Leaving Certificate, 1888
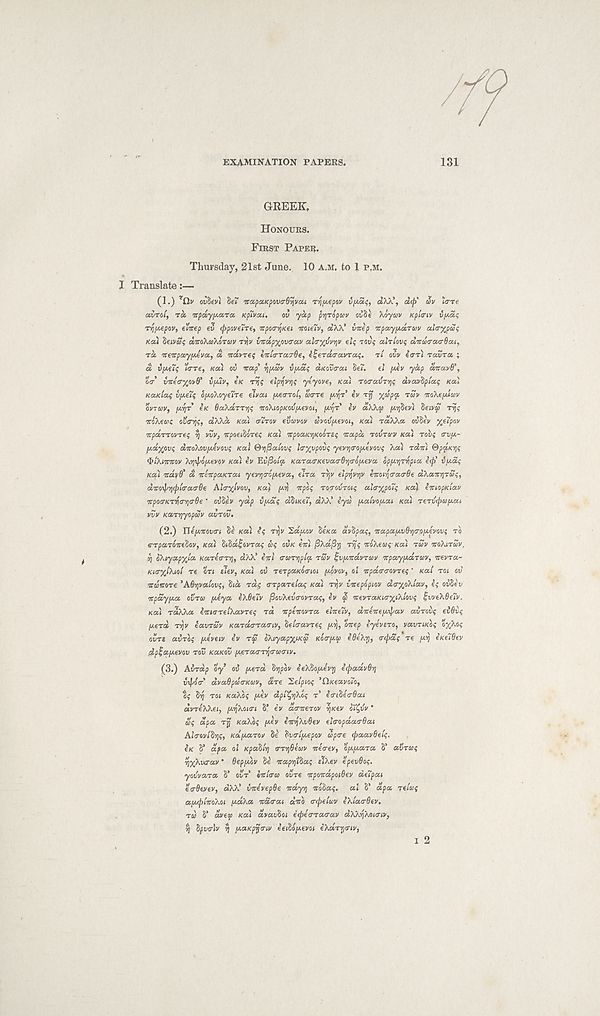
EXAMINATION PAPERS.
131
GREEK,
HONOURS.
FIRST PAPER.
Thursday, 21st June. 10 A.M. to 1 P,M.
I Translate:—
(1.) ’fly ouSevt S6~ napuKpovtrdyvai Tq^epov vficit;, dW', d<f av iWe
avrot, TOS icpa.yy.a.ra KpTvoti.
ov yap prjropuv oJSe \oyuv Kpitriv vpat;
r-quepov, elnep ev (ppoveTre, npoa-yicei mieTv, usAX’ vvep Ttpay/A.dTuv ata-^paq
Kai tiivaq dicoKtakoruv ryv map^ovtrav aWyjurqv e»$ TOU; alriovt; dwdiratrOai,
rd ireirpay/Aeva, d Trdi/req licl<rTa.7de, i^erda-avrai;. ri ovv e<rrt TOUT a ;
d vpi-uq icrre, /cal ov leap' Yj/Aav vpaf dnav<7»i §ei. ei piev yap avavO’,
or VTCecrxovO' vfuv, e/c vys flp-qvqi; ytyove, Ka) roa-avrqi; dvavipla; Ka)
KaKlas v/Ae7f o/AoXoyeire elvat jaearo/, u<rTe y.ri'T ev TJJ %upqt. TUV TroXepuav
OVTOV, y.’qT e/c SaXarrij? mXiopKovfAevoi, y.yT' lv a A?, a p/)8evi 8etva5'
mXeuK ovrijf, aXXa /cal alrov evavov uvov/Aevoi, Ka) raXXa oi/8ev %e7pov
vparTovres 'q vvv, irpoatioret; Ka) Trpoa/oj/coore? wapd TOVTO'V Ka) robf trv[i-
[Aaxovf dTCoXovpevovs /ca/ ®i\@alovs la-yjvpovq yevijo-o/^evovs Xal rdirl ®p^.K’qq
<btkmmv A‘qipo[y.€vov Ka) ev Ev^o/cc /caraa/cevao-^o-ojaeva opjJ.YjTfipia i<p’ vfAaq
tea) irdyB'd tcettpaKrai yev^aojaeva, elra Tvjv elpyvqv ktcoffitratj-de dXatrqTSq,
aTto-p-qcptcraarBe Ai<r%ivov, Ka) /J.rj trpoq TOO-OIJTOH; altrxpdti Ka) Imopidav
rrpotrKTvjtrYio-Oe ’ ovZh yap vfedq dbiKft, dXX’ iyu pt.ali/oy.at Ka) TeTvrpoifAat
vvv /ca-njyopwv avrou.
(2.) riepwrovo-/ 8e /cal
TIJV Saptov 8e/ca dvZpaq, 'napaiAvdqaoiAivovq TO
s-rparoireSov, /cal SiSdlsvra? a? ow/c eirl fiXafiy Tvjt; ttiXeuf Ka) TWV VOXITZV.
-q IXtyapyJa /carecrrij, dXX’ 671/ (rurqptq, rSv t-viAitavruv ttpayfAdruv, itevra-
KtayiXtol re or; e/ev, /cal 01/ rerpaKoaiot pwvov, ol irpdtraovTet; ‘ Kai rot ov
swore 'ABqvalovq, 8/d rap o-rpare/a? Kai r^v iicepopiov dtryoXtav, i; ovSev
irpay 1*0. OVTOI [*eya eX6e7v jSouXevo-ovra?, ev w 'tcevTaKia-yiXiovt; ZvvoXQuv.
Ka) raXXa lor/ffTe/Xavre? rd orpetcovra e/Ve/v, d'rre'iref/.xpav airovt; eiBvi;
l*erd rvjv iavrav Kardaratyiv, Se/o-avre? pcij, oirep eyevero, vavrtKoq oyXoi;
ovre avroi; poeveiv iv TS oXiyapyiKu KO(T[AO) eBeXy, trtpdf re puj eKuBtv
dplapcevou rov KOKOV pterao-nj(T«(7/y.
(3.) Aindp oy ov pierd Sijpov ^eXSopie'voj itpadvBq
vipoo dvaBpZa-Kuv, are Set'pio? 'ClKeavoio,
oj 8TJ TO/ KaXo; piev dpi'CyqXoc; r’ hriZlaBat
dvreXXe/, pojXozr; S’ e'v ao-orerov ?K€V oi'^t/v ’
Zq dpa TTj KaXoq ptev iwqXvBev elaopdao-Bai
AWovlZqq, Kdj*aroy 8e lyertpepov up<re (paavBelq.
(K S’ dpa ol Kpaolq err’qBiuv tteirev, optpeara 8’ avTioq
^yXixrav * Bep[*ov 8e orapoj/Sa? elXev epevBoq.
yoi/vara 8’ ovr oir/Vw ovre icpondpotBev deTpai
eoBeyev, dXX’ vnevepBe rrcdyq itobaq. ai 8’ apa Te/fc’f
afAtpiTToXoi y.aXa icdtrat dtro trepeloiv eXtaadev.
T/B S’ dvey Kai avavSo/ e<pe<rTa<rav dXX'pXozcnv,
q Spucr/v ^ tAaKpyoiv ee/Soptevo/ eXarya-iy,